342_HS1-416511228_319.1 Flying Discs 1949
Agency: Department of War
Incident date: 1/9/50
Page 36
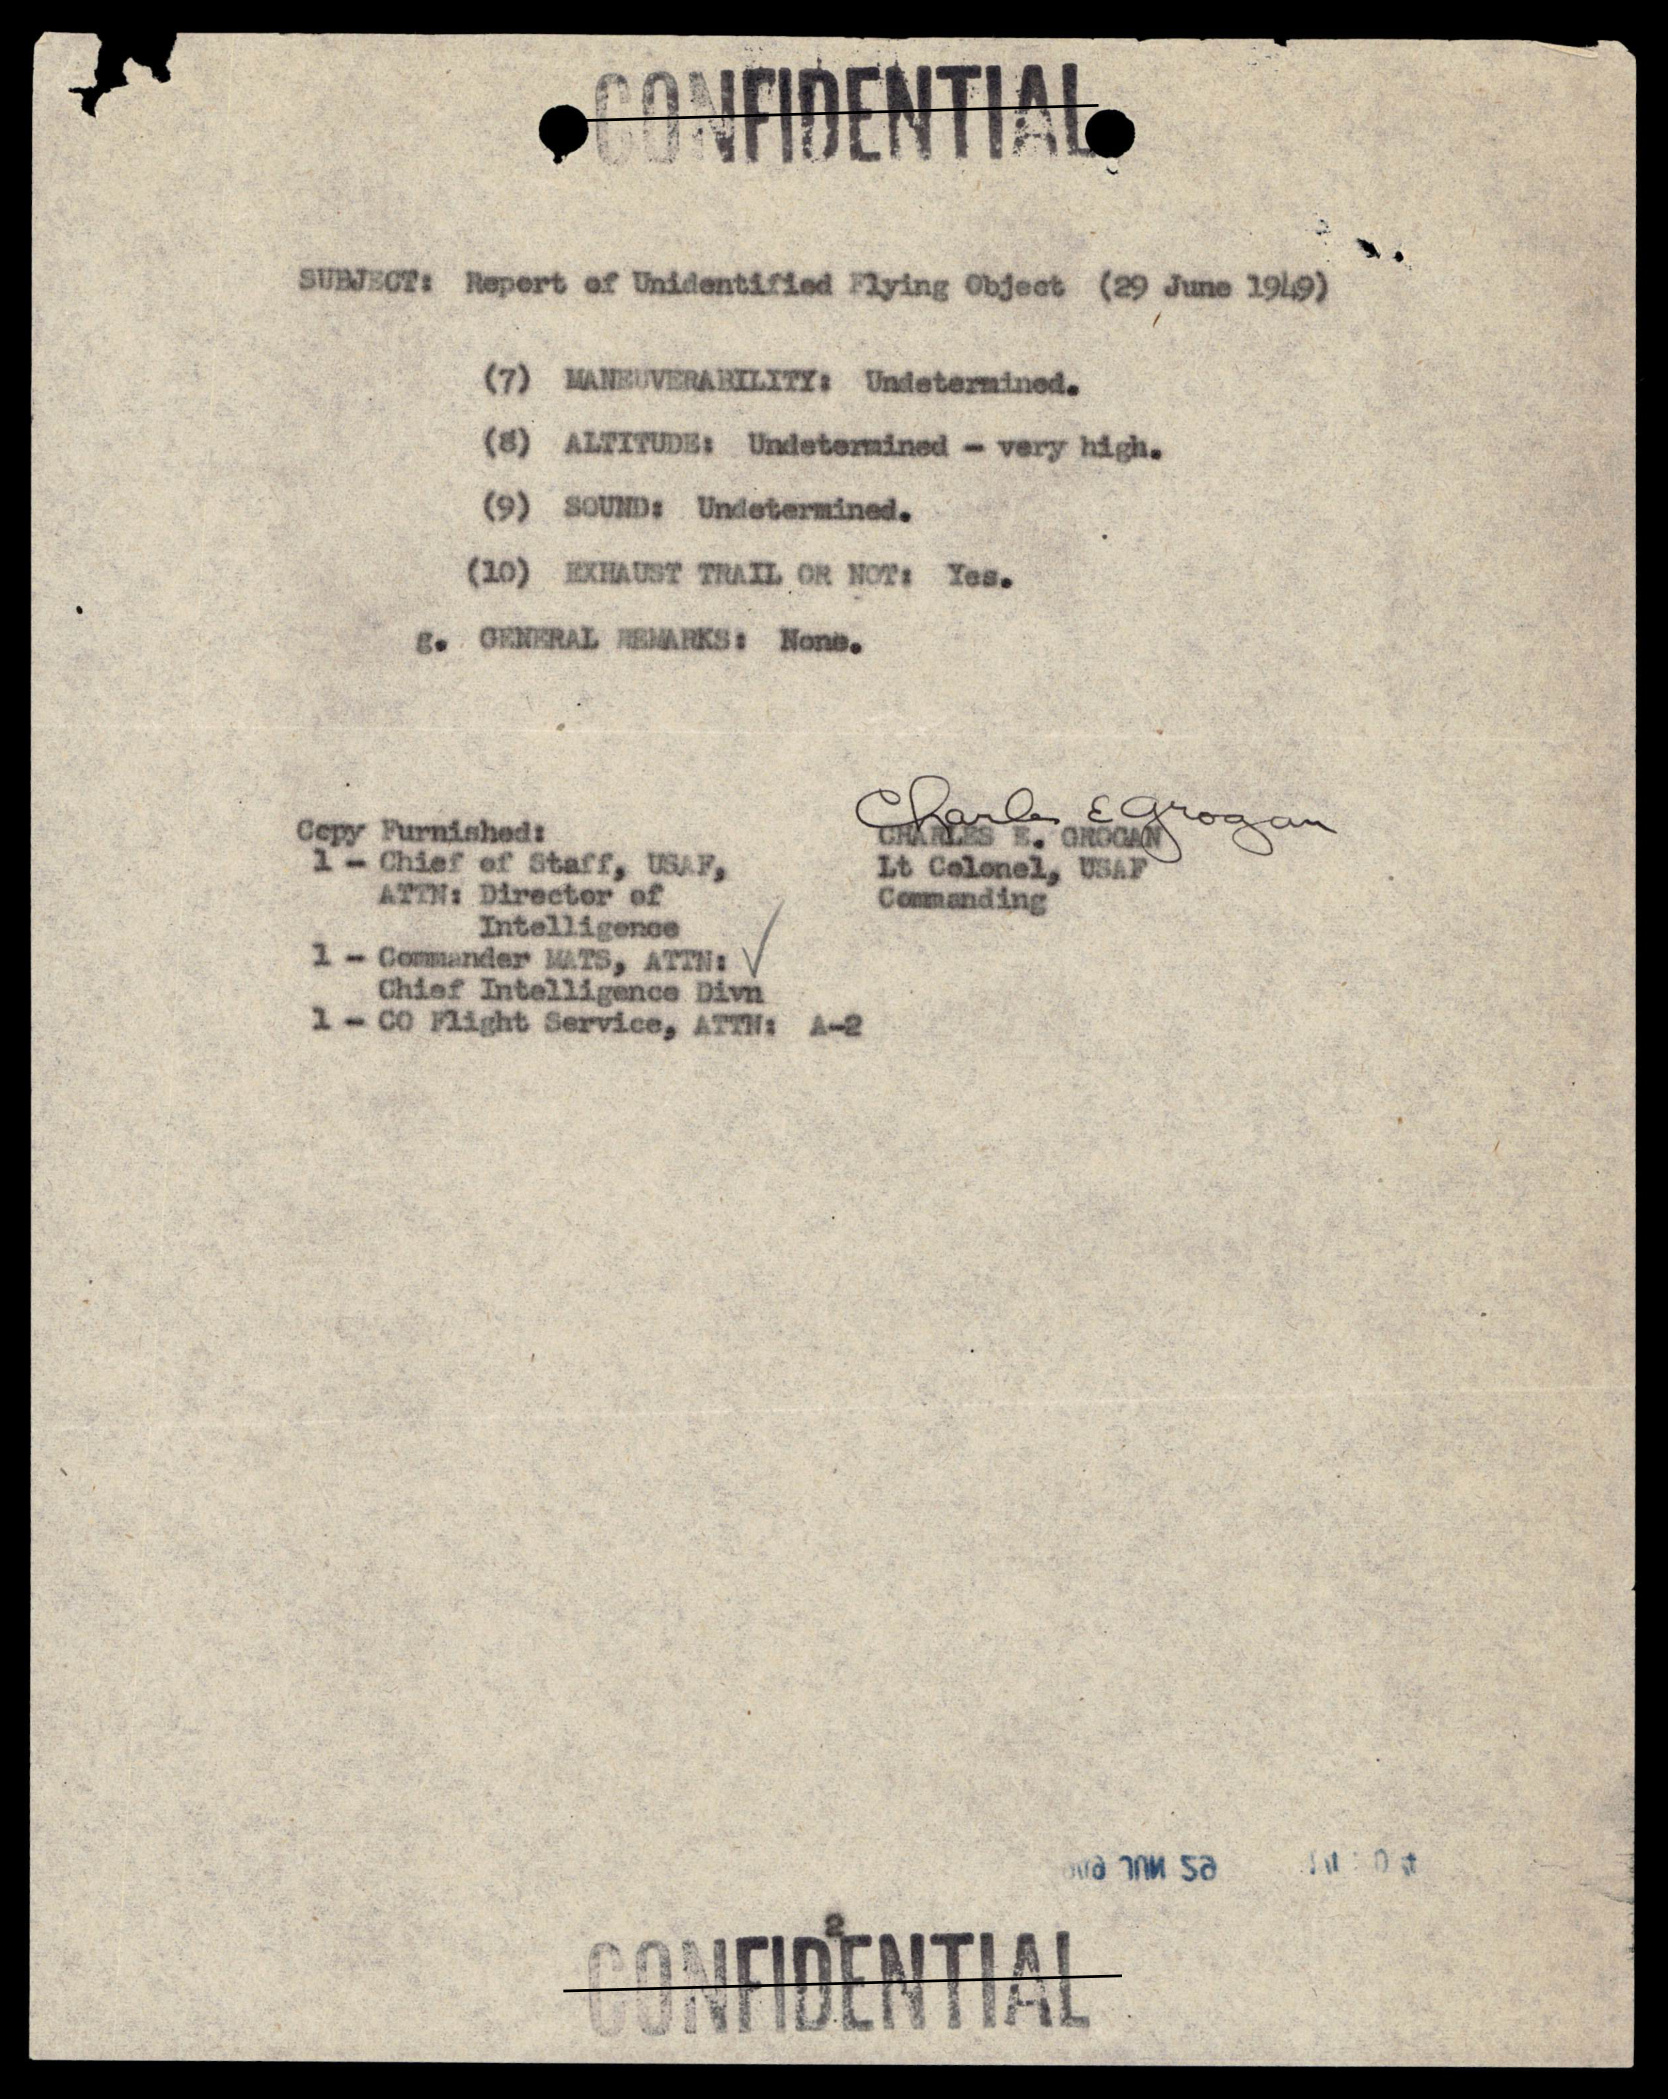